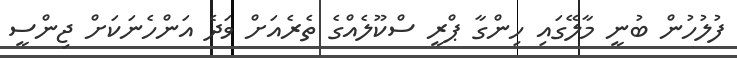
ފުލުހުން ބުނީ މާލޭގައި ހިންގާ ޕްރީ ސްކޫލެއްގެ ތެރެއަށް ވަދެ އަންހެނަކަށް ޖިންސީ